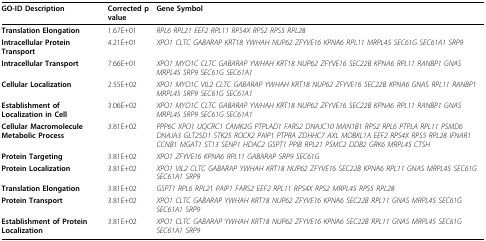
| GO-ID Description | Corrected p value | Gene Symbol |
 | --- | --- | --- |
 | Translation Elongation | 1.67E+01 | RPL6 RPL21 EEF2 RPL11 RPS4X RPS2 RPS5 RPL28 |
 | Intracellular Protein Transport | 4.21E+01 | XPO1 CLTC GABARAP KRT18 YWHAH NUP62 ZFYVE16 KPNA6 RPL11 MRPL45 SEC61G SEC61A1 SRP9 |
 | Intracellular Transport | 7.66E+01 | XPO1 MYO1C CLTC GABARAP YWHAH KRT18 NUP62 ZFYVE16 SEC22B KPNA6 RPL11 RANBP1 GNAS MRPL45 SRP9 SEC61G SEC61A1 |
 | Cellular Localization | 2.55E+02 | XPO1 MYO1C VIL2 CLTC GABARAP YWHAH KRT18 NUP62 ZFYVE16 SEC22B KPNA6 GNAS RPL11 RANBP1 MRPL45 SRP9 SEC61G SEC61A1 |
 | Establishment of Localization in Cell | 3.06E+02 | XPO1 MYO1C CLTC GABARAP YWHAH KRT18 NUP62 ZFYVE16 SEC22B KPNA6 RPL11 RANBP1 GNAS MRPL45 SRP9 SEC61G SEC61A1 |
 | Cellular Macromolecule Metabolic Process | 3.81E+02 | PPP6C XPO1 UQCRC1 CAMK2G PTPLAD1 FARS2 DNAJC10 MAN1B1 RPS2 RPL6 PTPLA RPL11 PSMD6 DNAJA3 GLT25D1 STK25 ROCK2 PAIP1 PTPRA ZDHHC7 AXL MOBKL1A EEF2 RPS4X RPS5 RPL28 IFNAR1 CCNB1 MGAT1 ST13 SENP1 HDAC2 GSPT1 PPIB RPL21 PSMC2 DDB2 GRK6 MRPL45 CTSH |
 | Protein Targeting | 3.81E+02 | XPO1 ZFYVE16 KPNA6 RPL11 GABARAP SRP9 SEC61G |
 | Protein Localization | 3.81E+02 | XPO1 VIL2 CLTC GABARAP YWHAH KRT18 NUP62 ZFYVE16 SEC22B KPNA6 RPL11 GNAS MRPL45 SEC61G SEC61A1 SRP9 |
 | Translation Elongation | 3.81E+02 | GSPT1 RPL6 RPL21 PAIP1 FARS2 EEF2 RPL11 RPS4X RPS2 MRPL45 RPS5 RPL28 |
 | Protein Transport | 3.81E+02 | XPO1 CLTC GABARAP YWHAH KRT18 NUP62 ZFYVE16 KPNA6 SEC22B RPL11 GNAS MRPL45 SEC61G SEC61A1 SRP9 |
 | Establishment of Protein Localization | 3.81E+02 | XPO1 CLTC GABARAP YWHAH KRT18 NUP62 ZFYVE16 KPNA6 SEC22B RPL11 GNAS MRPL45 SEC61G SEC61A1 SRP9 |